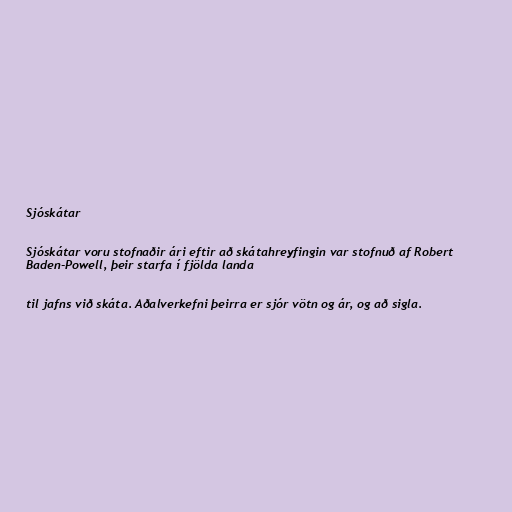
Sjóskátar

Sjóskátar voru stofnaðir ári eftir að skátahreyfingin var stofnuð af Robert
Baden-Powell, þeir starfa í fjölda landa

til jafns við skáta. Aðalverkefni þeirra er sjór vötn og ár, og að sigla.